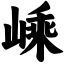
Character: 嵊